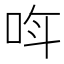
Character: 𫩰